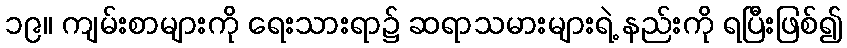
၁၉။ ကျမ်းစာများကို ရေးသားရာ၌ ဆရာသမားများရဲ့ နည်းကို ရပြီးဖြစ်၍